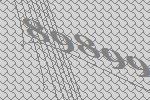
89899